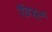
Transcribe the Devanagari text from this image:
रैंडर्स्ट